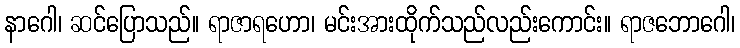
နာဂေါ၊ ဆင်ပြောသည်။ ရာဇာရဟော၊ မင်းအားထိုက်သည်လည်းကောင်း။ ရာဇဘောဂေါ၊